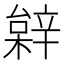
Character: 𨐠